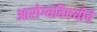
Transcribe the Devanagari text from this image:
आरोग्यविषयीचे